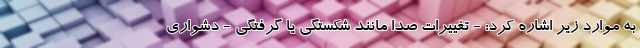
به موارد زیر اشاره کرد: - تغییرات صدا مانند شکستگی یا گرفتگی - دشواری